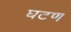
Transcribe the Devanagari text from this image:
घटण